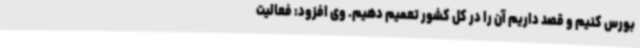
بورس کنیم و قصد داریم آن را در کل کشور تعمیم دهیم. وی افزود: فعالیت